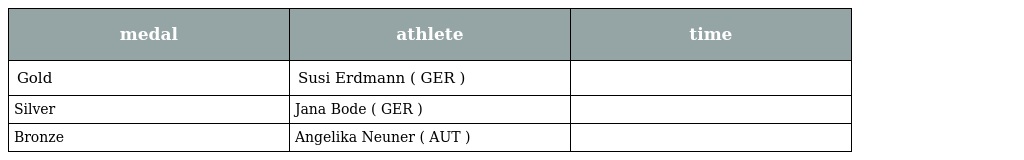
| medal | athlete | time |
 | --- | --- | --- |
 | Gold | Susi Erdmann ( GER ) |  |
 | Silver | Jana Bode ( GER ) |  |
 | Bronze | Angelika Neuner ( AUT ) |  |